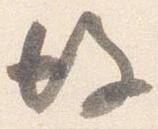
後